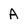
Character: A